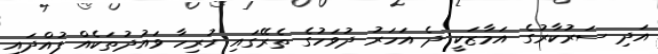
އަދި ސަރުކާރުގެ އަމާޒަކީ ދެ އަހަރު ދުވަހުގެ ތެރޭގައި ހުރިހާ ވައުދުތަކެއް ފުއްދައި